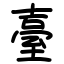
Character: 臺